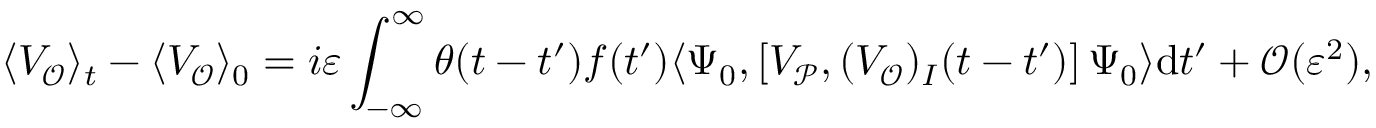
\langle V _ { \mathcal { O } } \rangle _ { t } - \langle V _ { \mathcal { O } } \rangle _ { 0 } = i \varepsilon \int _ { - \infty } ^ { \infty } \theta ( t - t ^ { \prime } ) f ( t ^ { \prime } ) \langle { \Psi _ { 0 } } , \left[ V _ { \mathcal { P } } , ( V _ { \mathcal { O } } ) _ { I } ( t - t ^ { \prime } ) \right] { \Psi _ { 0 } } \rangle \mathrm { d } t ^ { \prime } + \mathcal { O } ( \varepsilon ^ { 2 } ) ,